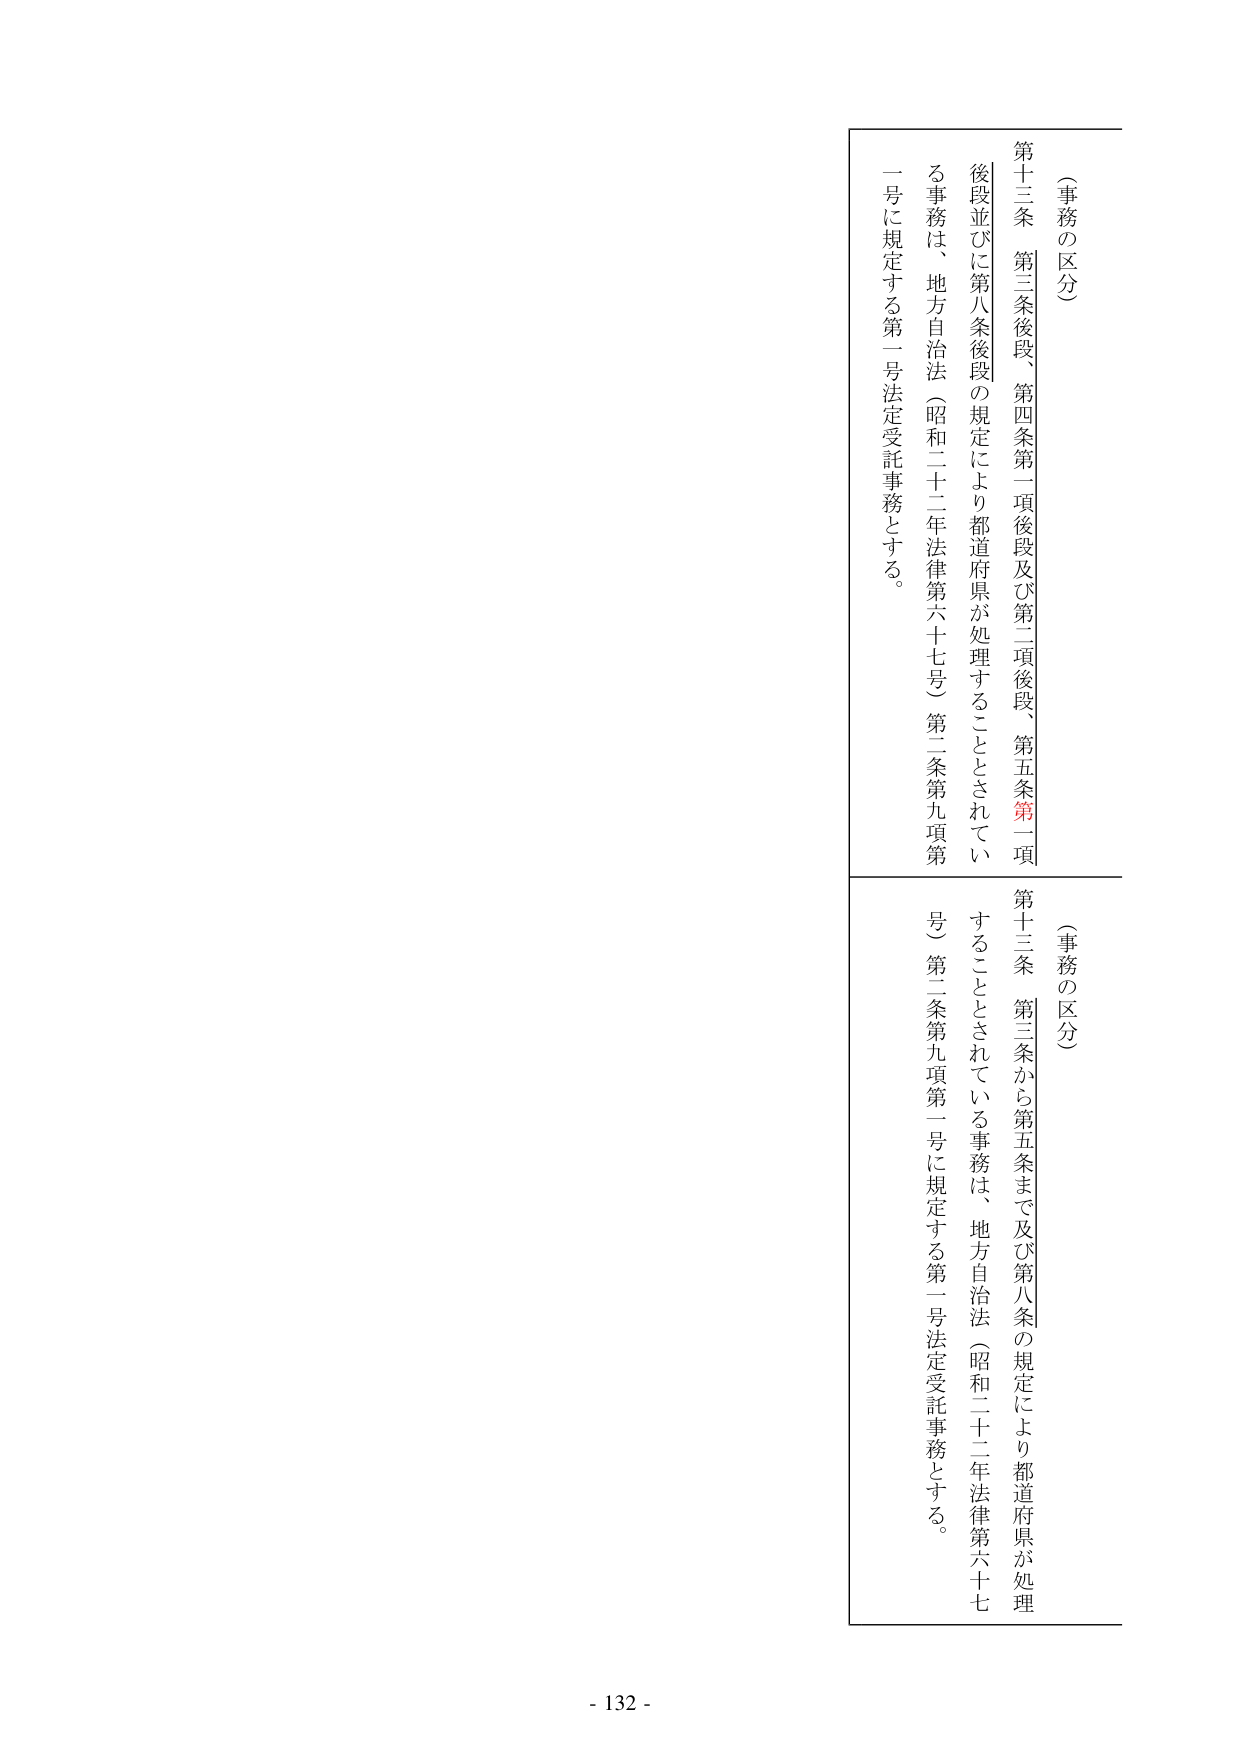
（事務の区分）

第十三条 第三条後段、第四条第一項後段及び第二項後段、第五条第一項後段並びに第八条後段の規定により都道府県が処理することとされている事務は、地方自治法（昭和二十二年法律第六十七号）第二条第九項第一号に規定する第一号法定受託事務とする。

（事務の区分）

第十三条 第三条から第五条まで及び第八条の規定により都道府県が処理することとされている事務は、地方自治法（昭和二十二年法律第六十七号）第二条第九項第一号に規定する第一号法定受託事務とする。

- 132 -